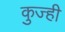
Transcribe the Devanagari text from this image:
कुज्ही